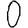
Digit: 0